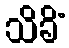
သိခိံ